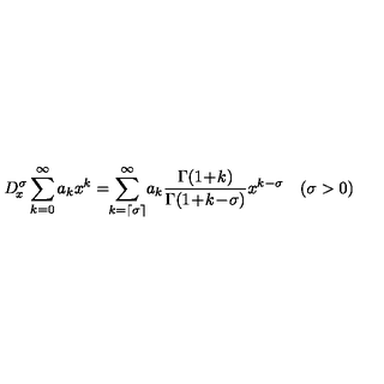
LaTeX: D _ { \! x } ^ { \sigma } \sum _ { k = 0 } ^ { \infty } a _ { k } x ^ { k } = \! \! \sum _ { k = \left\lceil \sigma \right\rceil } ^ { \infty } \! a _ { k } \frac { \Gamma ( 1 \! + \! k ) } { \Gamma ( 1 \! + \! k \! - \! \sigma ) } x ^ { k - \sigma } \quad ( \sigma > 0 )